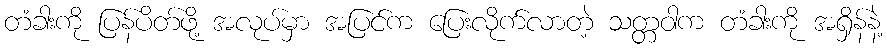
တံခါးကို ပြန်ပိတ်ဖို့ အလုပ်မှာ အပြင်က ပြေးလိုက်လာတဲ့ သတ္တဝါက တံခါးကို အရှိန်နဲ့